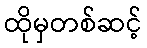
ထိုမှတစ်ဆင့်